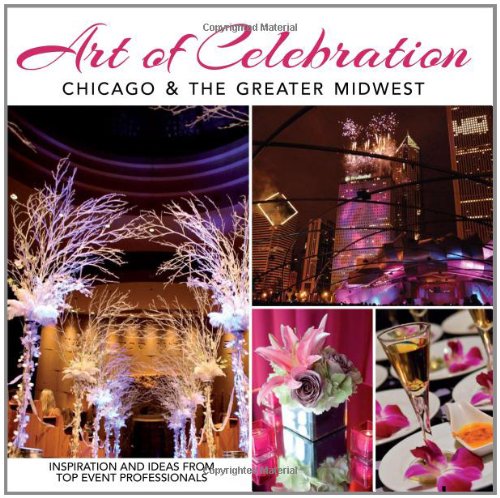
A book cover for Art of Celebration Chicago & the Greater Midwest: The Making of a Gala; Crafts, Hobbies & Home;